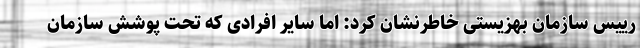
رییس سازمان بهزیستی خاطرنشان کرد: اما سایر افرادی که تحت پوشش سازمان